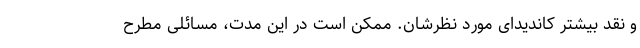
و نقد بیشتر کاندیدای مورد نظرشان. ممکن است در این مدت، مسائلی مطرح